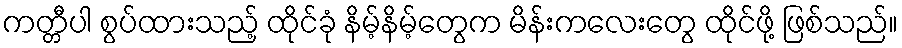
ကတ္တီပါ စွပ်ထားသည့် ထိုင်ခုံ နိမ့်နိမ့်တွေက မိန်းကလေးတွေ ထိုင်ဖို့ ဖြစ်သည်။